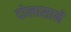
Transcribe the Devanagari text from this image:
दोलासाने